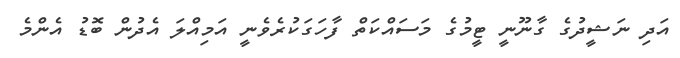
އަދި ނަޝީދުގެ ގާނޫނީ ޓީމުގެ މަސައްކަތް ފާހަގަކުރެވެނީ އަމިއްލަ އެދުން ބޮޑު އެންމެ